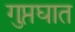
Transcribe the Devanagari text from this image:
गुप्तघात